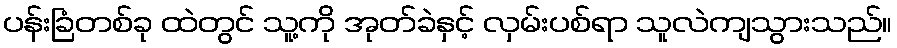
ပန်းခြံတစ်ခု ထဲတွင် သူ့ကို အုတ်ခဲနှင့် လှမ်းပစ်ရာ သူလဲကျသွားသည်။